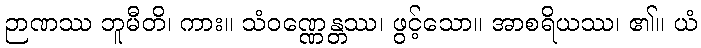
ဉာဏဿ ဘူမီတိ၊ ကား။ သံဝဏ္ဏေန္တဿ၊ ဖွင့်သော။ အာစရိယဿ၊ ၏။ ယံ